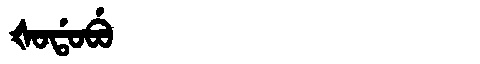
Manchu: ᡧᠣᡩᠣᠪᡠ
Romanization: ŠODOBU